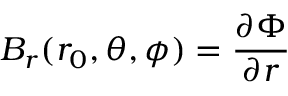
B _ { r } ( r _ { 0 } , \theta , \phi ) = \frac { \partial \Phi } { \partial r }